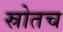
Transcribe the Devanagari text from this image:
स्रोतच